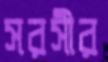
সরসীর